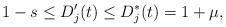
LaTeX: \begin{align*}1 - s \leq D_j'(t) \leq D_j^*(t) = 1 + \mu,\end{align*}